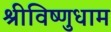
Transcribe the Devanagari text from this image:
श्रीविष्णुधाम